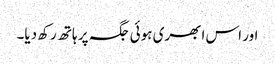
اور اس ابھری ہوئی جگہ پر ہاتھ رکھ دیا۔